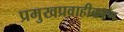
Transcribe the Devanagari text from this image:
प्रमुखप्रवाहीकरण